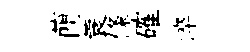
蕳蓑條確淬